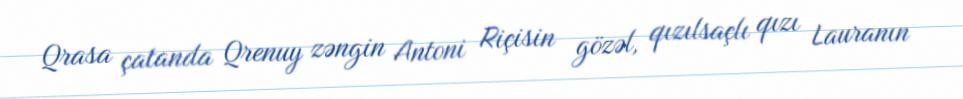
Qrasa çatanda Qrenuy zəngin Antoni Riçisin gözəl, qızılsaçlı qızı Lauranın